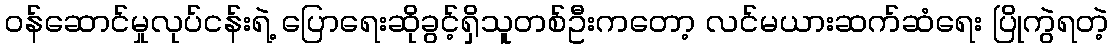
ဝန်ဆောင်မှုလုပ်ငန်းရဲ့ ပြောရေးဆိုခွင့်ရှိသူတစ်ဦးကတော့ လင်မယားဆက်ဆံရေး ပြိုကွဲရတဲ့